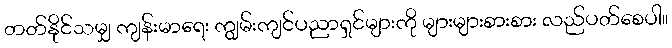
တတ်နိုင်သမျှ ကျန်းမာရေး ကျွမ်းကျင်ပညာရှင်များကို များများစားစား လည်ပတ်စေပါ။